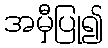
အမှီပြု၍